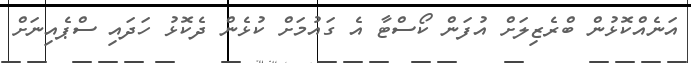
އަނެއްކޮޅުން ބްރެޒިލަށް އުފަން ކޯސްޓާ އެ ގައުމަށް ކުޅެން ދެކޮޅު ހަދައި ސްޕެއިނަށް